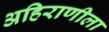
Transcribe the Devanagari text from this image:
अहिराणीला